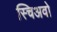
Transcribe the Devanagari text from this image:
स्चिअवो